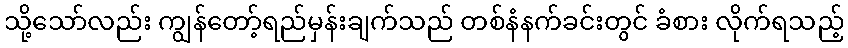
သို့သော်လည်း ကျွန်တော့်ရည်မှန်းချက်သည် တစ်နံနက်ခင်းတွင် ခံစား လိုက်ရသည့်